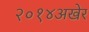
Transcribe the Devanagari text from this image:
२०१४अखेर